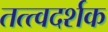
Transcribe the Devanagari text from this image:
तत्त्वदर्शक